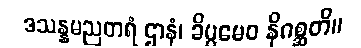
ဒသန္နမညတရံ ဌာနံ၊ ခိပ္ပမေဝ နိဂစ္ဆတိ။